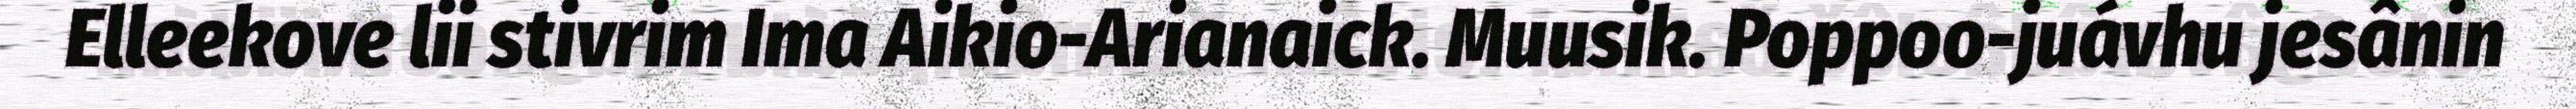
Elleekove lii stivrim Ima Aikio-Arianaick. Muusik. Poppoo-juávhu jesânin